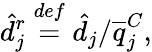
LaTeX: \hat{d}_{j}^{r}\overset{def}{=}\hat{d}_{j}/\overline{{q}}_{j}^{C},